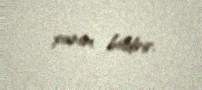
xanım bildirir.